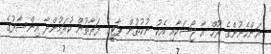
އަންހެނުންގެ ރޫހް އާ ޖޯޝަކާއި އެކު ނުކުތުން ޕާޓީގެ ފަރާތުން ކުރަމުންދާ އިންސާފުގެ